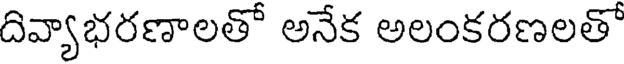
దివ్యాభరణాలతో అనేక అలంకరణలతో